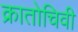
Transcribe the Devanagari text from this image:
क्रातोचिवी